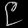
Digit: ၉